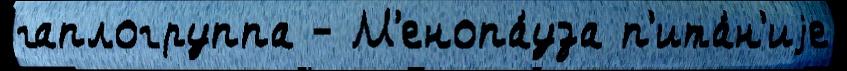
гаплогруппа - М'енопа́уза п'ита́н'иjе